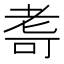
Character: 𮋛